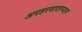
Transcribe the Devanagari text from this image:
अपहरणादरम्यान